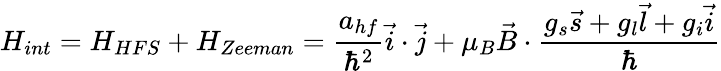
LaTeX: H_{int}=H_{HFS}+H_{Zeeman}=\frac{a_{hf}}{\hbar^{2}}\vec{i}\cdot\vec{j}+\mu_{B}\vec{B}\cdot\frac{g_{s}\vec{s}+g_{l}\vec{l}+g_{i}\vec{i}}{\hbar}